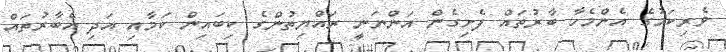
ވެރިކަމުގެ އެންމެހާ ބާރުތައް ފެށިގެން އަންނަނީ ރައްޔިތުންގެ ކިބައިން ކަމާއި އަދި އެބާރުތައް